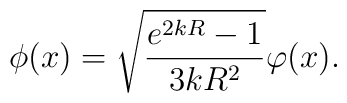
\phi (x) = \sqrt{\frac{e^{2kR}-1}{3 kR^2}} \varphi (x).